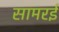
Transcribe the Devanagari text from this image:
सामरई